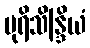
ပုရိသိန္ဒြိယံ